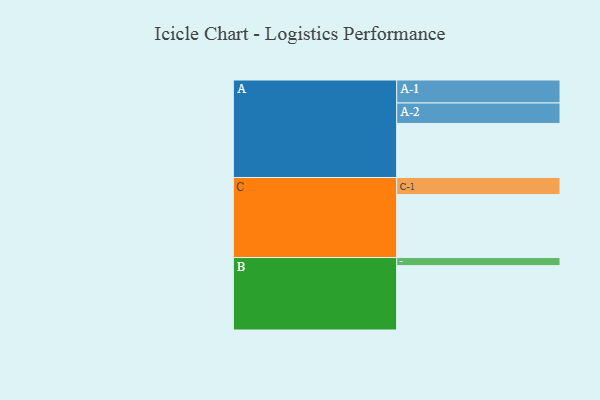
{"axis": {"x": "Segment", "y": "Value"}, "legend": ["", "A", "B", "C"], "data": [{"x": "A", "y": 341, "type": ""}, {"x": "B", "y": 406, "type": ""}, {"x": "C", "y": 397, "type": ""}, {"x": "A-1", "y": 145, "type": "A"}, {"x": "A-2", "y": 129, "type": "A"}, {"x": "B-1", "y": 51, "type": "B"}, {"x": "C-1", "y": 108, "type": "C"}]}